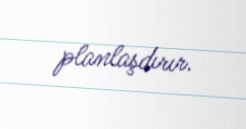
planlaşdırır.